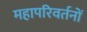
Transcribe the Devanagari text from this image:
महापरिवर्तनों